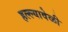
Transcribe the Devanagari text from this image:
हल्ल्यावेळी